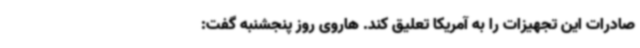
صادرات این تجهیزات را به آمریکا تعلیق کند. هاروی روز پنجشنبه گفت: